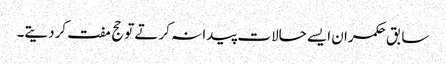
سابق حکمران ایسے حالات پیدا نہ کرتے توحج مفت کردیتے۔